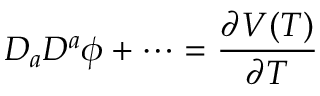
D _ { a } D ^ { a } \phi + \cdots = \frac { \partial V ( T ) } { \partial T }